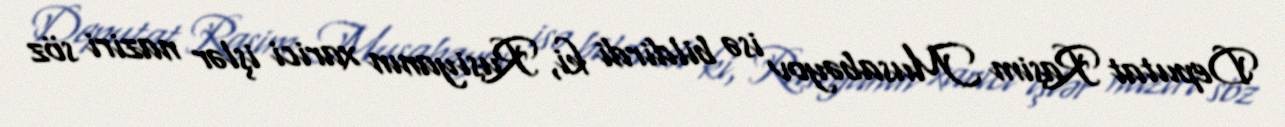
Deputat Rasim Musabəyov isə bildirdi ki, Rusiyanın xarici işlər naziri söz